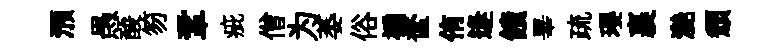
澦愚酸笏鞏疵僧为萎俗褊奩侑逢饋畢疏瓔裹灔頹